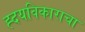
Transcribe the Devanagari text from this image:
ह्दयविकाराचा